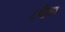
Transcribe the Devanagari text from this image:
८वीला